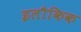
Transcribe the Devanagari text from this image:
इलौकिक